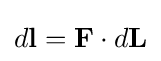
d\mathbf {l} =\mathbf {F} \cdot d\mathbf {L} \,\!